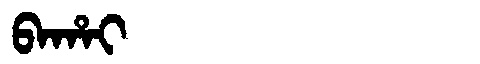
Manchu: ᠪᠠᡥᠠᡳ
Romanization: BAHAI